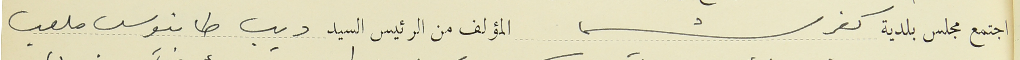
اجتمع مجلس بلدية كفرشيما المؤلف من الرئيس السيد ديب طانيوس ملعب